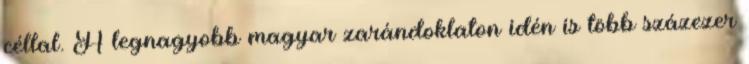
céllal. A legnagyobb magyar zarándoklaton idén is több százezer